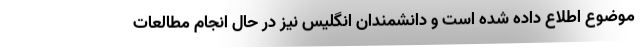
موضوع اطلاع داده شده است و دانشمندان انگلیس نیز در حال انجام مطالعات